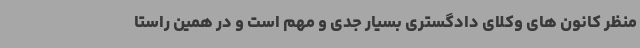
منظر کانون های وکلای دادگستری بسیار جدی و مهم است و در همین راستا